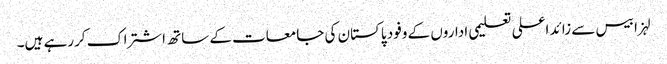
لہزا بیس سے زائد اعلی تعلیمی اداروں کے وفود پاکستان کی جامعات کے ساتھ اشتراک کررہے ہیں۔